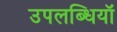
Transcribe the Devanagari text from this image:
उपलब्धियॉ